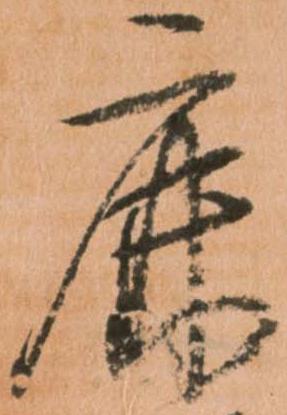
鹿